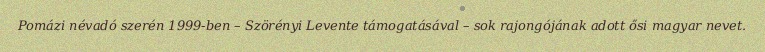
Pomázi névadó szerén 1999-ben – Szörényi Levente támogatásával – sok rajongójának adott ősi magyar nevet.